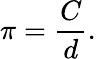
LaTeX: \pi={\frac{C}{d}}.